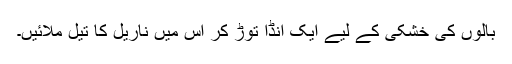
بالوں کی خشکی کے لیے ایک انڈا توڑ کر اس میں ناریل کا تیل ملائیں۔